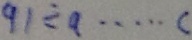
9 1 \div a \cdots c